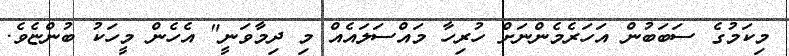
މިކަމުގެ ސަބަބުން އަހަރެމެންނަށް ހުރިހާ މައްސަލައެއް މި ދިމާވަނީ" އެހެން މީހަކު ބުންޏެވެ.